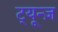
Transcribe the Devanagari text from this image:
ट्यून्ज़